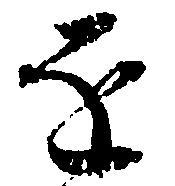
を